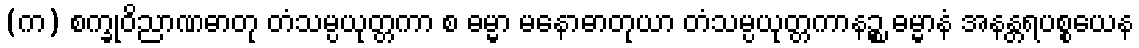
(က) စက္ခုဝိညာဏဓာတု တံသမ္ပယုတ္တကာ စ ဓမ္မာ မနောဓာတုယာ တံသမ္ပယုတ္တကာနဉ္စ ဓမ္မာနံ အနန္တရပစ္စယေန